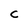
Character: C